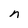
Character: n